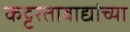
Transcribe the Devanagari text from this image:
कट्टरतावाद्यांच्या